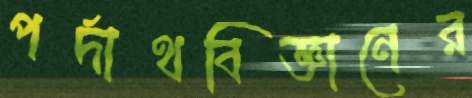
পর্দাথবিজ্ঞানের